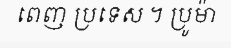
ពេញ ប្រទេស ។ ប្រូម៉ា